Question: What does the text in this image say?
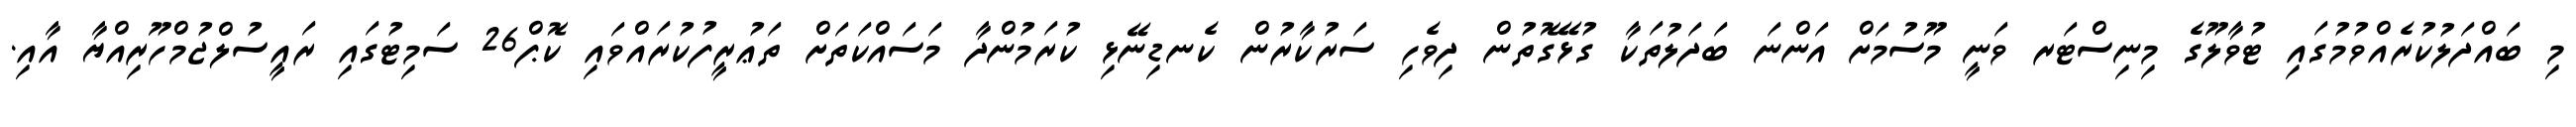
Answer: މި ބައްދަލުކުރެއްވުމުގައި ޓުވާލޫގެ މިނިސްޓަރ ވަނީ މޫސުމަށް އަންނަ ބަދަލުތަކާ ގުޅޭގޮތުން ދިވެހި ސަރުކާރުން ކެނޑިނޭޅި ކުރަމުންދާ މަސައްކަތަށް ތަޢުރީފުކުރައްވައި ކޮޕް26 ސަމިޓުގައި ރައީސުލްޖުމްހޫރިއްޔާ އާއި.